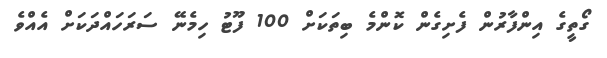
ގޯތީގެ އިންފާރުން ފެށިގެން ކޮންމެ ބިތަކަށް 100 ފޫޓު ހިމެނޭ ސަރަހައްދަކަށް އެއްވެ